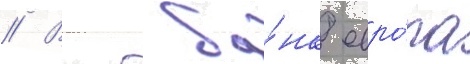
// Втб ба́нк евро́па